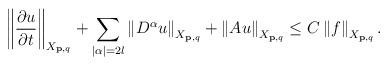
LaTeX: \begin{align*}\left\Vert \frac{\partial u}{\partial t}\right\Vert _{X_{\mathbf{p},q}}+\sum\limits_{\left\vert \alpha \right\vert =2l}\left\Vert D^{\alpha}u\right\Vert _{X_{\mathbf{p},q}}+\left\Vert Au\right\Vert _{X_{\mathbf{p},q}}\leq C\left\Vert f\right\Vert _{X_{\mathbf{p},q}}. \end{align*}